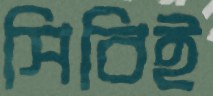
সিবিই